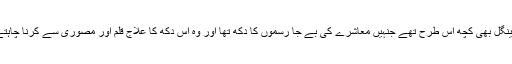
عزیز مینگل بھی کچھ اس طرح تھے جنہیں معاشرے کی بے جا رسموں کا دُکھ تھا اور وہ اِس دُکھ کا علاج قلم اور مصوری سے کرنا چاہتے تھے۔